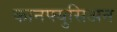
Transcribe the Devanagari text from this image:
कानफ्युसिअन